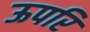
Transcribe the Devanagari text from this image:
ऊपरि